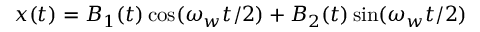
x ( t ) = B _ { 1 } ( t ) \cos ( \omega _ { w } t / 2 ) + B _ { 2 } ( t ) \sin ( \omega _ { w } t / 2 )